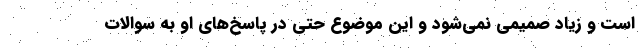
است و زیاد صمیمی نمی‌شود و این موضوع حتی در پاسخ‌های او به سوالات